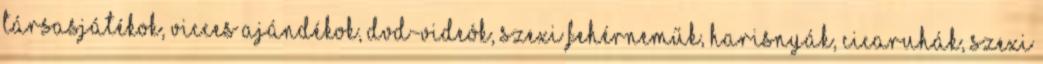
társasjátékok, vicces ajándékok, DVD-videók, szexi fehérneműk, harisnyák, cicaruhák, szexi